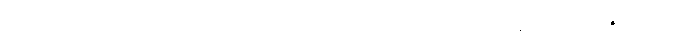
သမုဒယသစ္စာတည်း။ ဣတိ၊ ဤသို့။ ယထာဘူတံ၊ ဟုတ်မှန်တိုင်း။ ပဇာနာတိ၊